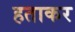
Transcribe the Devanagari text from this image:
हताकर